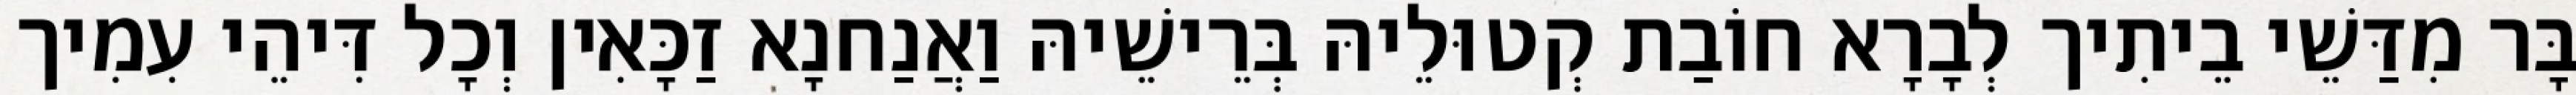
בָּר מִדַּשֵׁי בֵיתִיך לְבָרָא חוֹבַת קְטוּלֵיהּ בְּרֵישֵׁיהּ וַאֲנַחנָא זַכָּאִין וְכָל דִּיהֵי עִמִיך